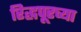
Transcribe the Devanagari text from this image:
रिद्धपूरच्या